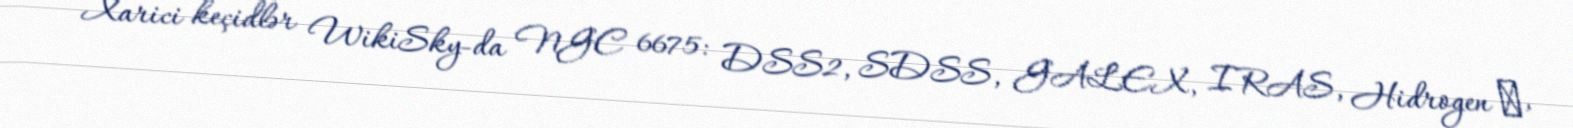
Xarici keçidlər WikiSky-da NGC 6675: DSS2, SDSS, GALEX, IRAS, Hidrogen α,